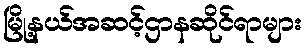
မြို့နယ်အဆင့်ဌာနဆိုင်ရာများ